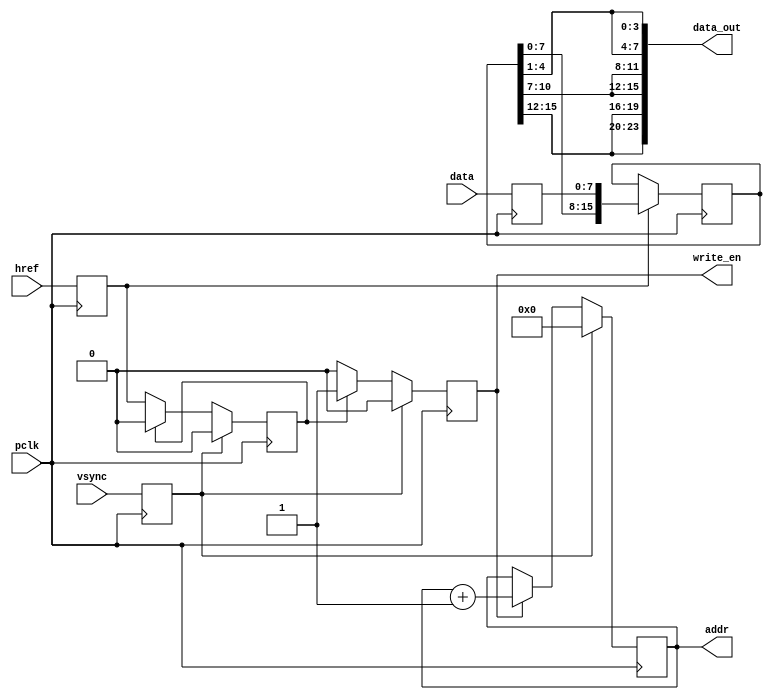
/*
----------------------------------------
Stereoscopic Vision System
Senior Design Project - Team 11
California State University, Sacramento
Spring 2015 / Fall 2015
----------------------------------------

Omnivision 7670 Data Capture
Authors:  Greg M. Crist, Jr. (gmcrist@gmail.com)

Description:
    Abstracts the data capture of the OV 7670 Camera
*/
module ov_7670_capture(
        input pclk,
        input vsync,
        input href,
        input [7:0] data,
        output [18:0] addr,
        output [23:0] data_out,
        output write_en
    );

    reg [15:0] data_reg;
    reg [18:0] address;
    reg [1:0] line;
    reg [6:0] href_last;
    reg write_en_reg;

    reg href_hold;
    reg latched_vsync;
    reg latched_href;
    reg [7:0] latched_d;

    assign addr     = address;
    assign write_en = write_en_reg;
    assign data_out = {data_reg[15:12], data_reg[15:12], data_reg[10:7], data_reg[10:7], data_reg[4:1], data_reg[4:1]};

    always @ (posedge pclk) begin
        href_hold <= latched_href;
        write_en_reg <= 1'b0;

        if (write_en_reg == 1'b1)
            address <= address + 1'b1;

        // detect the rising edge on href - the start of the scan line
        if (href_hold == 1'b0 && latched_href == 1'b1) begin
            case (line)
                2'b00:   line <= 2'b01;
                2'b01:   line <= 2'b10;
                2'b10:   line <= 2'b11;
                default: line <= 2'b00;
            endcase
        end

        // capturing the data from the camera, 12-bit RGB
        if (latched_href == 1'b1) begin
            data_reg <= {data_reg[7:0], latched_d};
        end

        // Is a new screen about to start (i.e. we have to restart capturing
        if (latched_vsync == 1'b1) begin
            address      <= 19'd0;
            href_last    <= 7'd0;
            line         <= 2'd0;
        end
        else begin
            // If not, set the write enable whenever we need to capture a pixel
            if (href_last[0] == 1'b1) begin
                write_en_reg <= 1'b1;
                href_last <= 7'd0;
            end
            else begin
                href_last <= {href_last[5:0], latched_href};
            end
        end
    end

    always @ (negedge pclk) begin
        latched_d     <= data;
        latched_href  <= href;
        latched_vsync <= vsync;
    end
endmodule